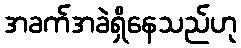
အခက်အခဲရှိနေသည်ဟု